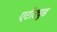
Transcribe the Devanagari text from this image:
एटीट्युड